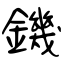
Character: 鐖